Sanitation, dispensaries and jails vaccination Rajputana 1922-1927 - 1922-1927
Year: 1922
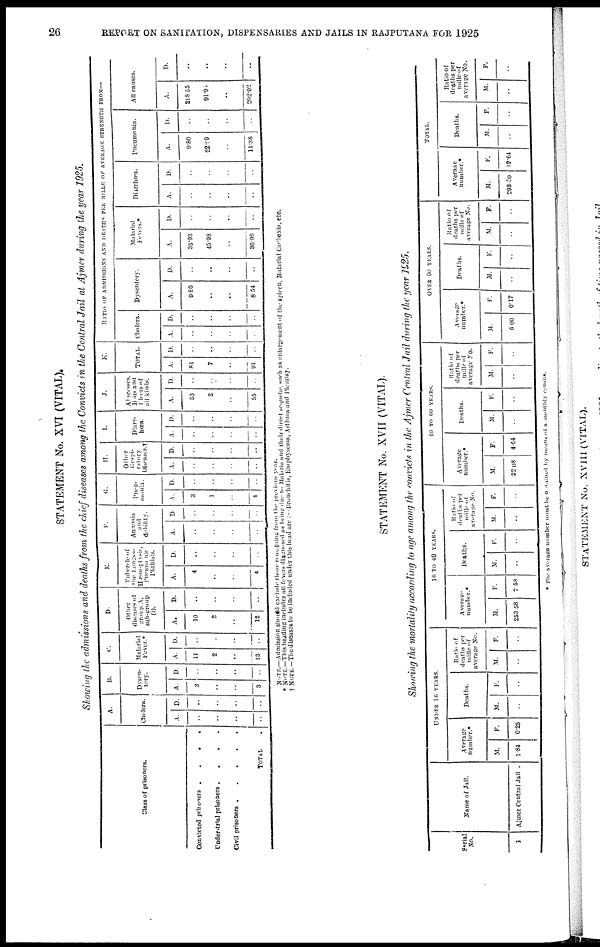
26
REPORT ON SANITATION, DISPENSARIES AND JAILS IN RAJPUTANA FOR 1925
STATEMENT No. XVI (VITAL).
Showing the admissions and deaths from the chief diseases among the Convicts in the Central Jail at Ajmer during the year 1925.
Class of prisoners.
Convicted prisoners
....
Under-trial prisoners
....
Civil prisoners
.....
TOTAL .
A.
Cholera.
A.
..
..
..
..
D.
..
..
..
..
B.
Dysen¬
tery.
A.
3
..
..
3
D.
..
..
..
..
C.
Malarial
Fever.*
A.
11
2
..
13
D.
..
..
..
..
D.
Other
diseases of
group A,
sub-group
(i).
A.
10
2
..
12
D.
..
..
..
..
E.
Tubercle of
the
Lungs—
Hæmoptysis,
Pneumonic
Phthisis.
A.
4
..
..
4
D.
..
..
..
..
F.
Anæmia
and
debility.
A.
..
..
..
..
D.
..
..
..
..
G.
Pneu¬
monia.
A.
3
1
..
4
D.
..
..
..
..
H.
Other
Respi¬
ratory
Diseases.†
A.
..
..
..
..
D.
..
..
..
..
I.
Diarr¬
hœa.
A.
..
..
..
..
D.
..
..
..
..
J.
Abscesses.
Boils and
Bleers of
all kinds.
A.
53
2
..
55
D.
..
..
..
..
K.
TOTAL.
A.
84
7
..
91
D.
..
..
..
..
RATIO OF ADMISSIONS AND DEATHS PER MILLE OF AVERAGE STRENGTH FROM—
Cholera.
A.
..
..
..
..
D.
..
..
..
..
Dysentery.
A.
9.80
..
..
8.54
D.
..
..
..
..
Malarial
Fevers.*
A.
35.93
45.98
..
36.99
D.
..
..
..
..
Diarrhœa.
A.
..
..
..
..
D.
..
..
..
..
Pneumonia.
A.
9.80
22.99
..
11.38
D.
..
..
..
..
All causes.
A.
218.55
91.95
..
202.02
D.
..
..
..
..
NOTE.—Admission should exclude those remaining from the previous year.
* NOTE.—This heading includes all fevers diagnosed as being due to Malaria and their direct sequelæ, such as enlargement of the spleen, Malarial Cachexia, etc.
† NOTE.—The diseases to be included under this head are :—Bronchitis, Emphysema, Asthma and Pleurisy.
STATEMENT No. XVII (VITAL).
Showing the mortality according to age among the convicts in the Ajmer Central Jail during the year 1925.
Serial
No.
1
Name of Jail.
Ajmer Central Jail .
UNDER 16 YEARS.
Average
number.*
M.
1.84
F.
0.25
Deaths.
M.
..
F.
..
Ratio of
deaths per
mille of
average No.
M.
..
F.
..
16 TO 40 YEARS.
Average
number.*
M.
253.58
F.
7.58
Deaths.
M.
..
F.
..
Ratio of
deaths per
mille of
average No.
M.
..
F.
..
40 TO 60 YEARS.
Average
number.*
M.
32.08
F.
4.64
Deaths.
M.
..
F.
..
Ratio of
deaths per
mille of
average No.
M.
..
F.
..
OVER 60 YEARS.
Average
number.*
M.
6.00
F.
0.17
Deaths.
M.
..
F.
..
Ratio of
deaths per
mille of
average No.
M.
..
F.
..
TOTAL.
Averaae
number.*
M.
293.50
F.
12.64
Deaths.
M.
..
F.
..
Ratio of
deaths per
mille of
average No.
M.
..
F.
..
* The average number must be obtained by means of a monthly census.